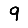
Digit: 9